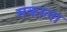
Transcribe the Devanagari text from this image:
मकाला